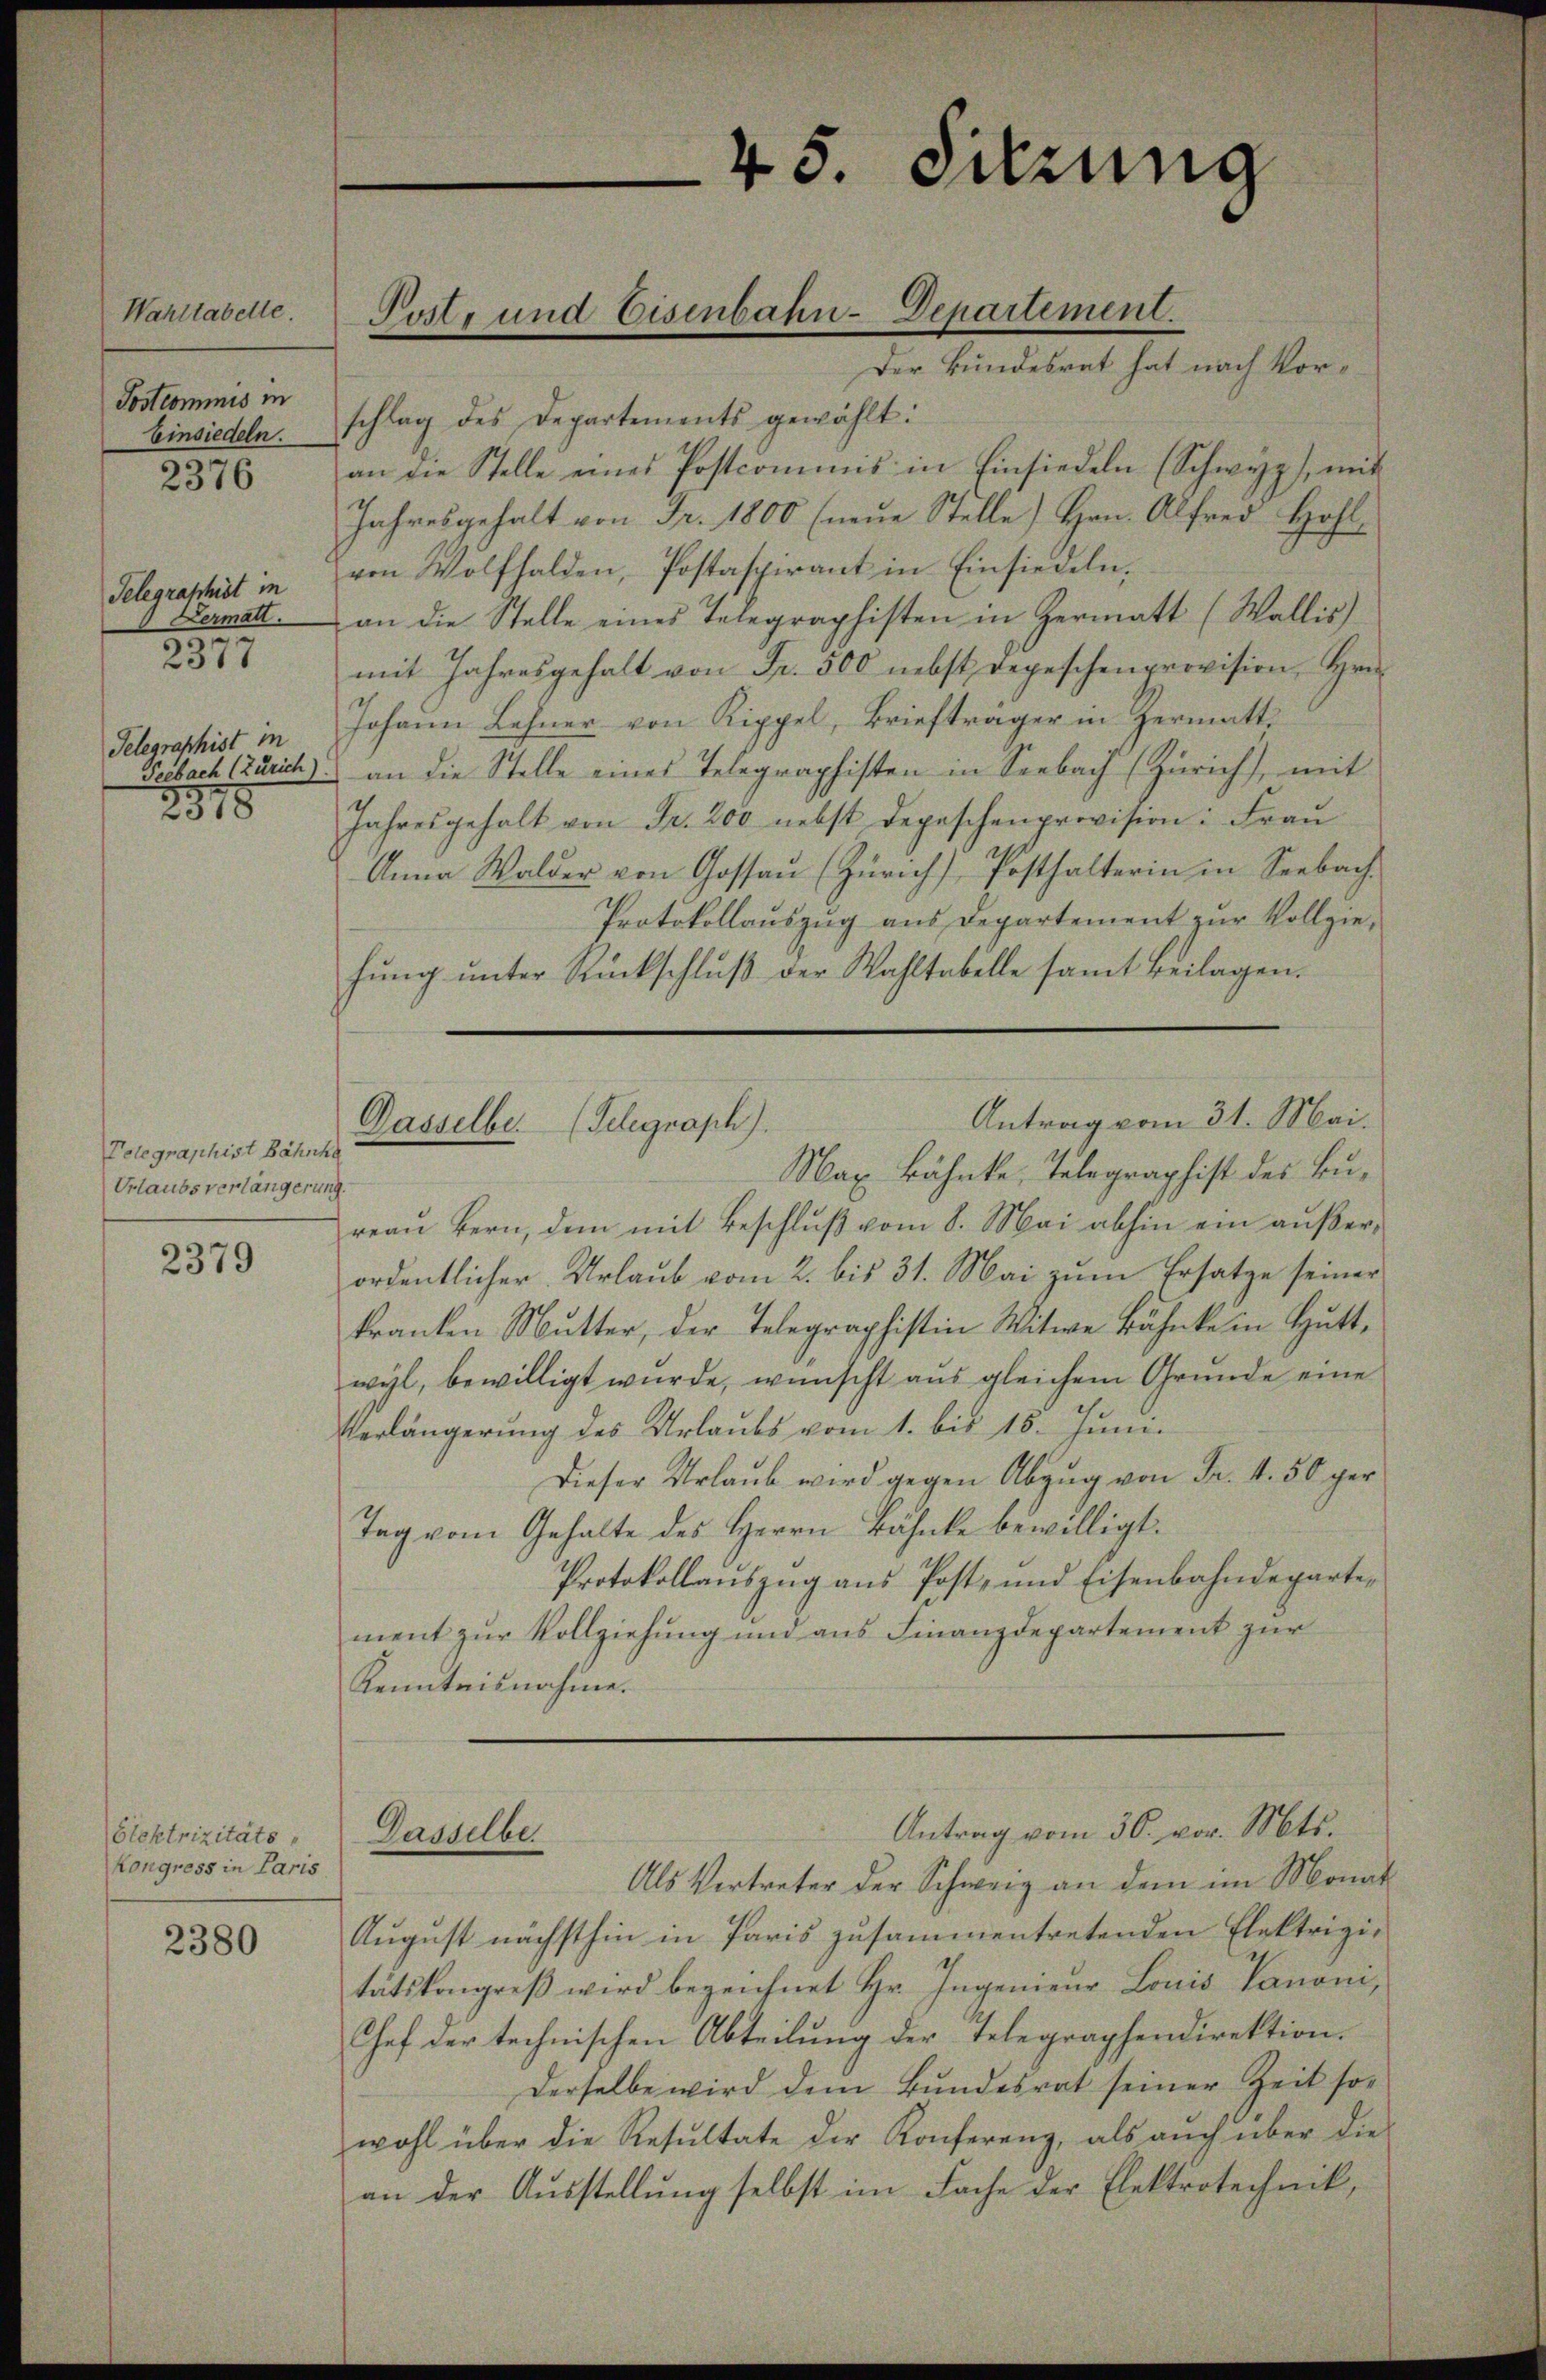
Wahstabelle.
Postcommis in
Einsiedeln.

2376

Telegraphist in
Dermatt.
2377

Telegraphist in
Teebach (Zürich).

2318

Telegraphist Bahnh
Urlaubs verlängerung.

2379

slektrizitäts
Kongress in Paris

2380

Post- und Eisenbahn-Departement.

Der Bundesrat hat nach Vorschlag des Departements gewählt:
an die Stelle eines Postcommis in Einsiedeln. (Schwyz), mit
Jahresgehalt von Fr. 1800 (neue Stelle) Hrn. Alfred Hohlvon Wolfhalden, Postaspirant in Einsiedeln.
an die Stelle eines Telegraphisten in Hermatt (Wallis)
mit Jahresgehalt von Fr. 500 nebst regeschenprovision, Hrn.
Johann Lehner von Rippel, Briefträger in Zermatt,
an die Stelle eines Telegraphisten in Seebach (Zürich, mit
Jahresgehalt von Fr. 200 nebst Depeschenprovision: Frau
Anna Walder von Gossaŭ (Zürich) Posthalterin in Seebach
Protokollaŭszŭg aŭs Departement zŭr Vollzie-
hŭng ŭnter Rückschlŭβ der Wahltabelle samt Beilagen.
Antrag vom 31. Mai.
Dasselbe. (Telegraph).
Max Bähnke, Telegraphist des Bureaŭ bern, dem mit Beschluß vom 8. Mai abhin ein außerordentlicher Urlaub vom 2. bis 31. Mai zum Ersatze seiner
kranken Mutter, der Telegraphistin Witwe Bänke in Huttwyl, bewilligt wurde, wünscht aus gleichem Grunde eine
Verlängerung des Urlaubs vom 1. bis 18. Juni.
Dieser Urlaŭb wird gegen Abzŭg von Fr. 4. 50 ger
Tag vom Gehalte des Herrn Bänke bewilligt.
Protokollauszug aus Post- und Eisenbahndepartement zŭr Vollziehung und ans Finanzdepartement zur
Kenntnisnahme.

Dasselber

45. Sitzung

Antrag vom 30. vor. Mts.

Als Vertreter der Schweiz an dem im Monat
August nächsthin in Paris zusammentretenden Elektrizitätskongreß wird bezeichnet Hr. Ingenieur Louis Panoni,
Chef der technischen Abteilung der Telegraphendirektion.
Derselbe wird dem Bŭndesrat seiner Zeit so-
wohl über die Resŭltate der Konferenz, als aŭch über die
an der Ausstellung selbst im Fache der Elektrotechnik,